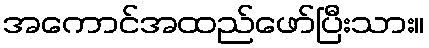
အကောင်အထည်ဖော်ပြီးသား။